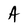
Character: A